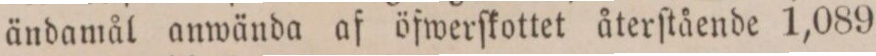
ändamål anwända af öfwerſkottet återſtående 1,089